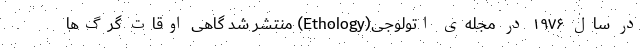
در سال ۱۹۷۶ در مجله‌ی اتولوجی(Ethology) منتشر شد گاهی اوقات گرگ‌ها